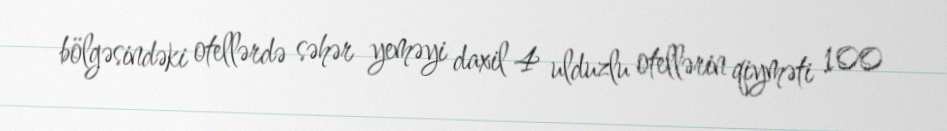
bölgəsindəki otellərdə səhər yeməyi daxil 4 ulduzlu otellərin qiyməti 100